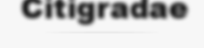
Citigradae